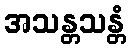
အသန္တသန္တံ